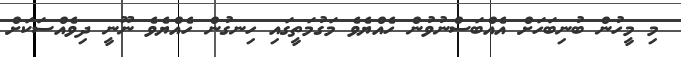
މި މީހުން ބުނިބަހަށް އެއްބަސްނުވުން ހެއްޔެވެ މަގުމަތީގައި ހިނގުން ހެއްޔެވެ ނޫނީ ދިވެއްސަކަށް